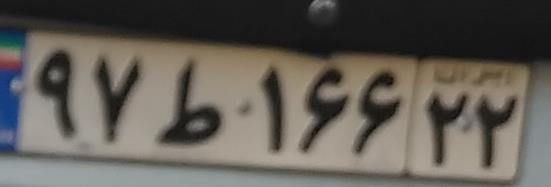
۹۷ط۱۶۶۲۲